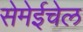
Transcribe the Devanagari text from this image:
सेमेईचेल